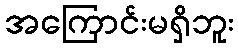
အကြောင်းမရှိဘူး